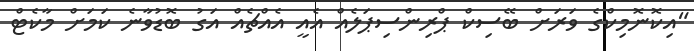
"އިކޮނޮމިކްގެ ވަރަށް ބޭސިކް ޕްރިންސިޕަލެއް އެއީ އެއްޗެއް އަގު ބޮޑުވާނެ ކަމަށް މާކެޓް